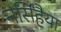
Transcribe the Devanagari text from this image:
नर्सिंहैया